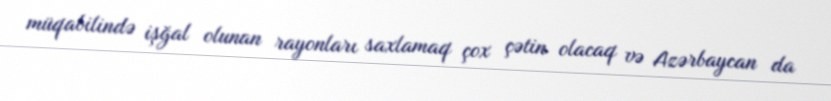
müqabilində işğal olunan rayonları saxlamaq çox çətin olacaq və Azərbaycan da